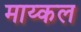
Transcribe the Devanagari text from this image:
माय्कल